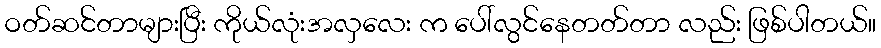
ဝတ်ဆင်တာများပြီး ကိုယ်လုံးအလှလေး က ပေါ်လွင်နေတတ်တာ လည်း ဖြစ်ပါတယ်။